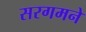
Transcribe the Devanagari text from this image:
सरगमने